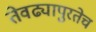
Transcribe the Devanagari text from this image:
तेवढ्यापुरतेच